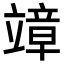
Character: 𥪮